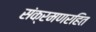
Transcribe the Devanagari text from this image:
संक्रमणरहित